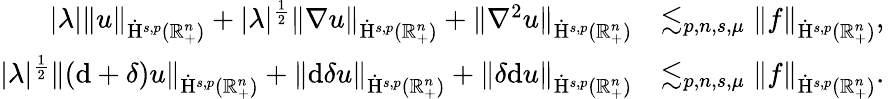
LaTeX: \begin{array}{rl}{\lvert\lambda\rvert\lVert u\rVert_{\dot{\mathrm{H}}^{s,p}(\mathbb{R}_{+}^{n})}+\lvert\lambda\rvert^{\frac{1}{2}}\lVert\nabla u\rVert_{\dot{\mathrm{H}}^{s,p}(\mathbb{R}_{+}^{n})}+\lVert\nabla^{2}u\rVert_{\dot{\mathrm{H}}^{s,p}(\mathbb{R}_{+}^{n})}}&{\lesssim_{p,n,s,\mu}\lVert f\rVert_{\dot{\mathrm{H}}^{s,p}(\mathbb{R}_{+}^{n})}\mathrm{,~}}\\ {\lvert\lambda\rvert^{\frac{1}{2}}\lVert(\mathrm{d}+\delta)u\rVert_{\dot{\mathrm{H}}^{s,p}(\mathbb{R}_{+}^{n})}+\lVert\mathrm{d}\delta u\rVert_{\dot{\mathrm{H}}^{s,p}(\mathbb{R}_{+}^{n})}+\lVert\delta\mathrm{d}u\rVert_{\dot{\mathrm{H}}^{s,p}(\mathbb{R}_{+}^{n})}}&{\lesssim_{p,n,s,\mu}\lVert f\rVert_{\dot{\mathrm{H}}^{s,p}(\mathbb{R}_{+}^{n})}\mathrm{.~}}\end{array}